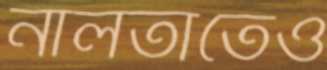
নালতাতেও